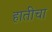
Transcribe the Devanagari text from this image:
हातीचा